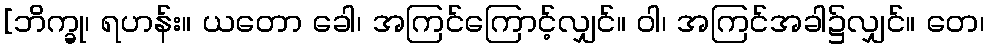
[ဘိက္ခု၊ ရဟန်း။ ယတော ခေါ၊ အကြင်ကြောင့်လျှင်။ ဝါ၊ အကြင်အခါ၌လျှင်။ တေ၊